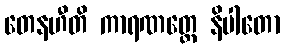
တေနဟီတိ ကာရဏတ္ထေ နိပါတော